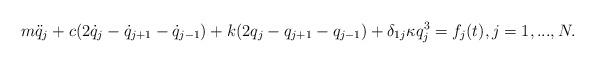
LaTeX: \begin{align*}m\ddot{q}_j+c(2\dot{q}_{j}-\dot{q}_{j+1}-\dot{q}_{j-1})+k(2q_{j}-q_{j+1}-q_{j-1})+\delta_{1j}\kappa q_{j}^3=f_j(t),j=1,...,N.\end{align*}